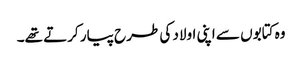
وہ کتابوں سے اپنی اولاد کی طرح پیار کرتے تھے۔